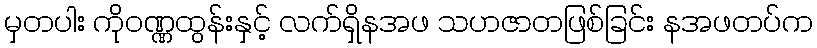
မှတပါး ကိုဝဏ္ဏထွန်းနှင့် လက်ရှိနအဖ သဟဇာတဖြစ်ခြင်း နအဖတပ်က